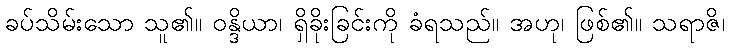
ခပ်သိမ်းသော သူ၏။ ဝန္ဒိယာ၊ ရှိခိုးခြင်းကို ခံရသည်။ အဟု၊ ဖြစ်၏။ သရာဇိ၊